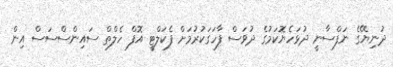
ދުނިޔޭގެ ނަފްސާނީ ދުޅަހެޔޮކަމުގެ ދުވަސް ފާހަގަކުރުމަށް ފެކަލްޓީ އޮފް ހެލްތް ސައިންސްސަސް އިން